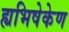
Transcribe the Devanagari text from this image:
ह्यभिषेकेण